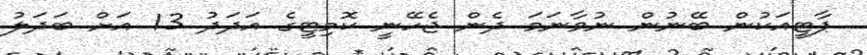
ޕާޓީއަކުން ބޭނުން ނުވާނަމަ ދެން ޖެހޭނީ ކޮމިޓީގެ އަދަދު 13 އަށް ބަދަލު